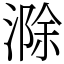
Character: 滁